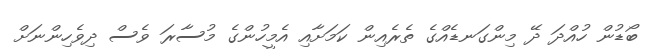
ބޯޑުން ހުއްދަ ދޭ މިންގަނޑެއްގެ ތެރެއިން ކަމަށާއި އެމީހުންގެ މުސާރަ ވެސް ދިވެހިންނަށް